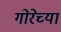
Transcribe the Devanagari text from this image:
गोरेच्या